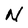
Character: N